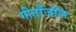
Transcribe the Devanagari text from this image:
गीताँजलि